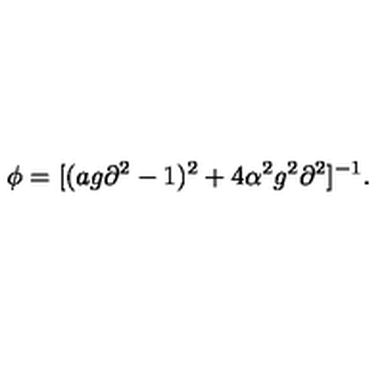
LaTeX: \phi = [ ( a g \partial ^ { 2 } - 1 ) ^ { 2 } + 4 \alpha ^ { 2 } g ^ { 2 } \partial ^ { 2 } ] ^ { - 1 } .